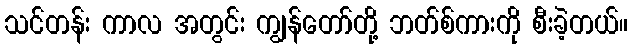
သင်တန်း ကာလ အတွင်း ကျွန်တော်တို့ ဘတ်စ်ကားကို စီးခဲ့တယ်။